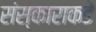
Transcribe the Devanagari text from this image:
संस्काराकडे